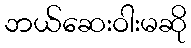
ဘယ်ဆေးဝါးမဆို